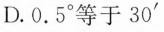
D.0.5°等于30'